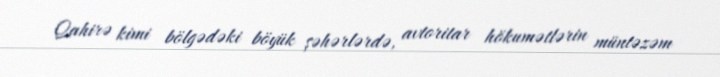
Qahirə kimi bölgədəki böyük şəhərlərdə, avtoritar hökumətlərin müntəzəm